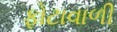
ફોટાવાળી